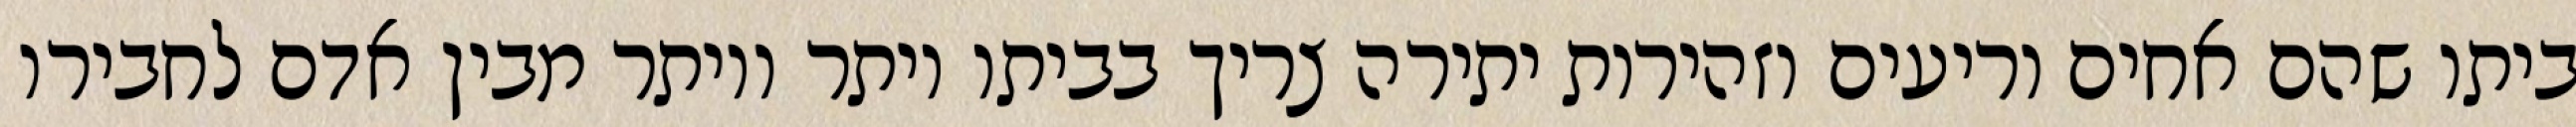
ביתו שהם אחים וריעים וזהירות יתירה צריך בביתו יותר ויותר מבין אדם לחבירו